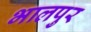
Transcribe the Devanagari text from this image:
भालपुर